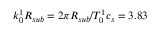
k _ { 0 } ^ { 1 } R _ { s u b } = 2 \pi R _ { s u b } / T _ { 0 } ^ { 1 } c _ { s } = 3 . 8 3